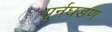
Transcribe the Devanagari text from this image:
पुर्नघडण